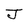
Character: J